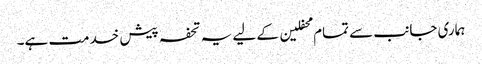
ہماری جانب سے تمام محفلین کے لیے یہ تحفہ پیش خدمت ہے۔